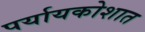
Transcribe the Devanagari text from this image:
पर्यायकोशात